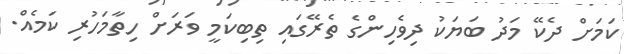
ކަމަށް ދެކޭ މަދު ބަޔަކު ދިވެހިންގެ ތެރޭގައި ތިބިކަމީ ވަރަށް ހިތާމަހުރި ކަމެއް.